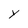
Character: Y